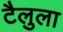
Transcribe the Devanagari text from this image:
टैलुला